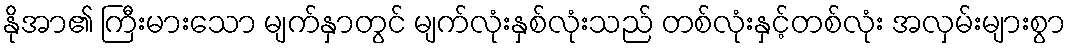
နိုအာ၏ ကြီးမားသော မျက်နှာတွင် မျက်လုံးနှစ်လုံးသည် တစ်လုံးနှင့်တစ်လုံး အလှမ်းများစွာ